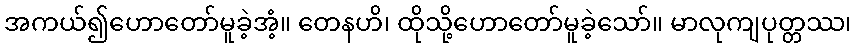
အကယ်၍ဟောတော်မူခဲ့အံ့။ တေနဟိ၊ ထိုသို့ဟောတော်မူခဲ့သော်။ မာလုကျပုတ္တဿ၊